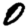
Digit: 0